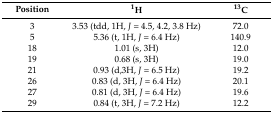
| Position | 1H | 13C |
 | --- | --- | --- |
 | 3 | 3.53 (tdd, 1H, J = 4.5, 4.2, 3.8 Hz) | 72.0 |
 | 5 | 5.36 (t, 1H, J = 6.4 Hz) | 140.9 |
 | 18 | 1.01 (s, 3H) | 12.0 |
 | 19 | 0.68 (s, 3H) | 19.0 |
 | 21 | 0.93 (d,3H, J = 6.5 Hz) | 19.2 |
 | 26 | 0.83 (d, 3H, J = 6.4 Hz) | 20.1 |
 | 27 | 0.81 (d, 3H, J = 6.4 Hz) | 19.6 |
 | 29 | 0.84 (t, 3H, J = 7.2 Hz) | 12.2 |